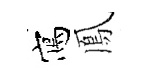
寫鳳